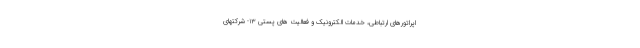
اپراتورهای ارتباطی، خدمات الکترونیک و فعالیت های پستی ۱۳- شرکتهای